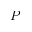
P